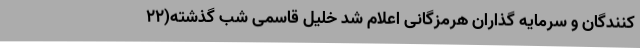
کنندگان و سرمایه گذاران هرمزگانی اعلام شد خلیل قاسمی شب گذشته(22